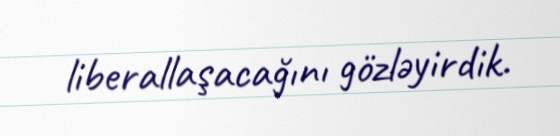
liberallaşacağını gözləyirdik.